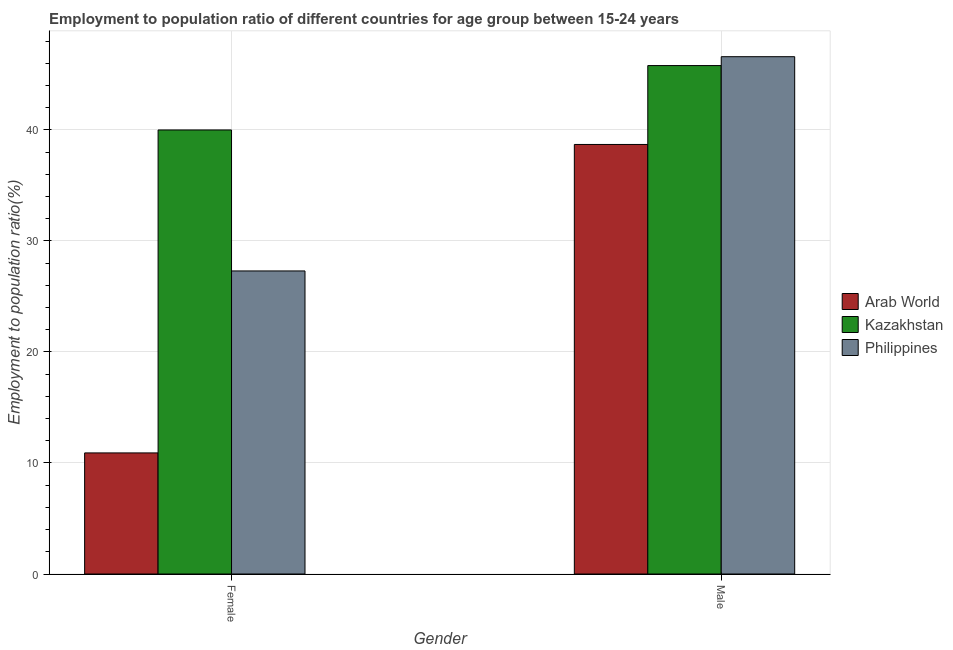
| Gender | Arab World | Kazakhstan | Philippines |
 | --- | --- | --- | --- |
 | Female | 10.9 | 40 | 27.3 |
 | Male | 38.7 | 45.8 | 46.6 |